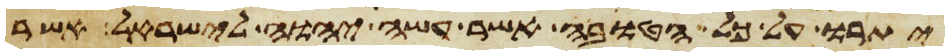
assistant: יתרו על כל הטובה אשר עשה יהוה לישראל אשר